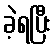
ခဲ့ရပြီး